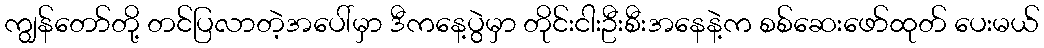
ကျွန်တော်တို့ တင်ပြလာတဲ့အပေါ်မှာ ဒီကနေ့ပွဲမှာ တိုင်းငါးဦးစီးအနေနဲ့က စစ်ဆေးဖော်ထုတ် ပေးမယ်